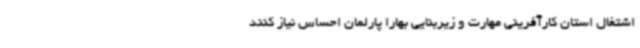
اشتغال استان کارآفرینی مهارت و زیربنایی بهارا پارلمان احساس نیاز کنند